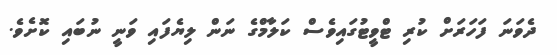
ދެވަނަ ފަހަރަށް ކުރި ޓްވީޓުގައިވެސް ކަލާމްގެ ނަން ލިޔެފައި ވަނީ ނުބައި ކޮށެވެ.